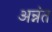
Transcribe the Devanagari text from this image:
अन्नंत